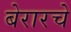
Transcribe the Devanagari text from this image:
बेरारचे